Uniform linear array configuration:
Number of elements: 12
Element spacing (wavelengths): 0.5
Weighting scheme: kaiser
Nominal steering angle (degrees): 60
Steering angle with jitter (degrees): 61.887
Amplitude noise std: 0.05
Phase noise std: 0.05

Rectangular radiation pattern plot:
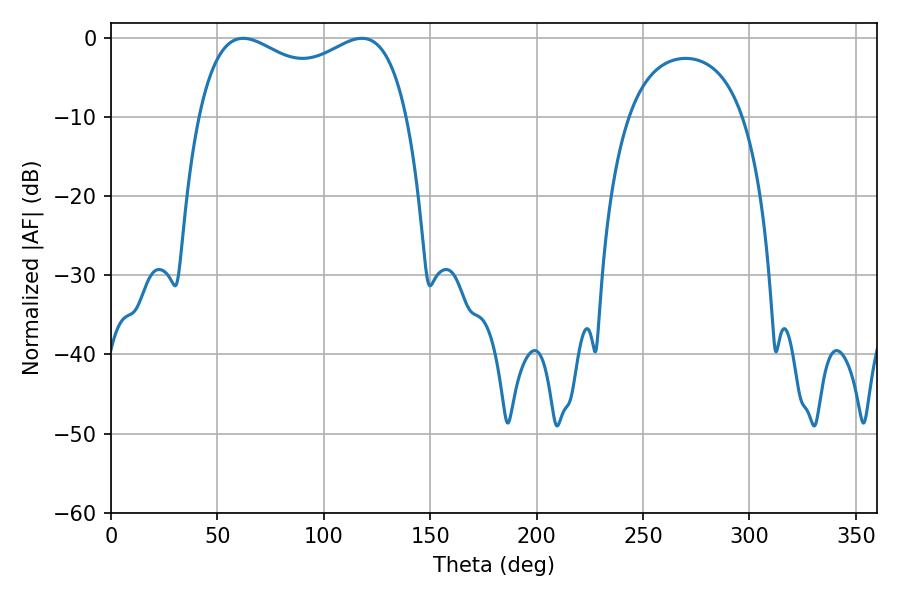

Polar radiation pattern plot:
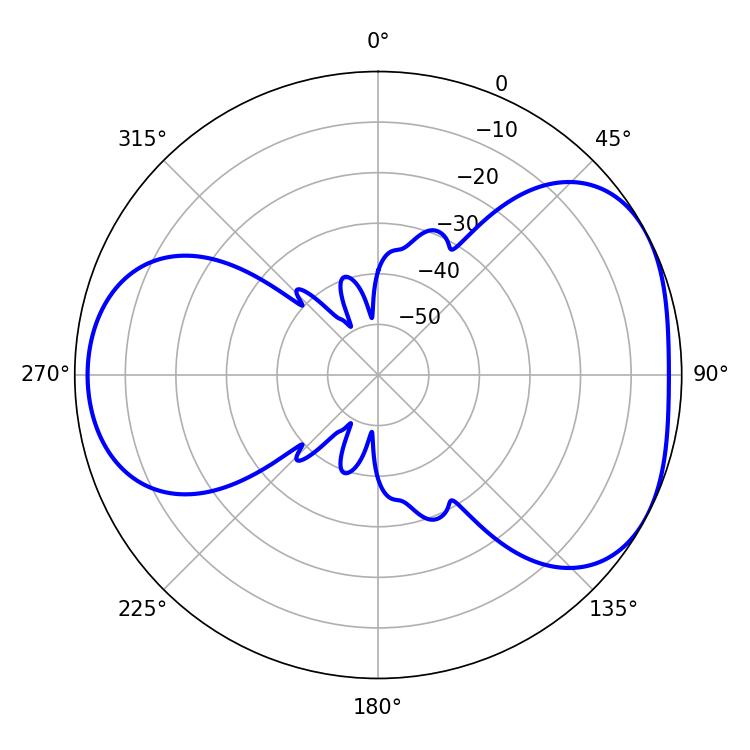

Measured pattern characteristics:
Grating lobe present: FALSE
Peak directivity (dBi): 4.493
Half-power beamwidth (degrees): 81.36
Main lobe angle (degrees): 62.1